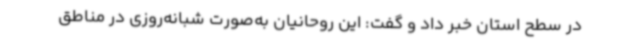
در سطح استان خبر داد و گفت: این روحانیان به‌صورت شبانه‌روزی در مناطق